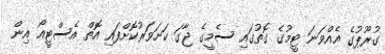
ގުރޫޕުގެ އެއްވަނަ ޓީމުގެ ގޮތުގައި ސެމީގެ ޖާގަ ކަށަވަރުކޮށްފައި އޮތް އެސްޓީއޯ އިން